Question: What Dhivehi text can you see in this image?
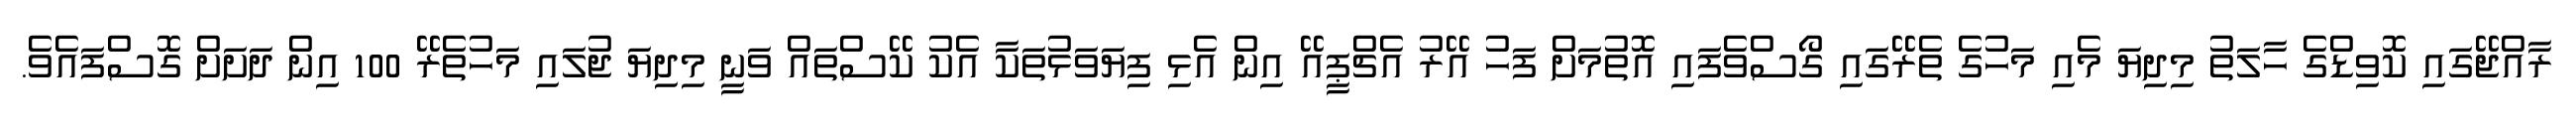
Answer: ރާއްޖޭގައި ކޮވިޑްގެ ހާލަތު މިދިޔަ މެއި މަހުގެ ތެރޭގައި ގޯސްވެފައި އޮތުމަށް ފަހު އޭރު އެޗްޕީއޭ އިން އެޅި ފިޔަވަޅުތަކާ އެކު ކޭސްތައް ވަނީ މިދިޔަ ޖުލައި މަހުތެރޭ 100 އިން ދަށަށް ގޮސްފައެވެ.